Annual administration report of the Civil Veterinary Department of India - 1894-1895
Year: 1894
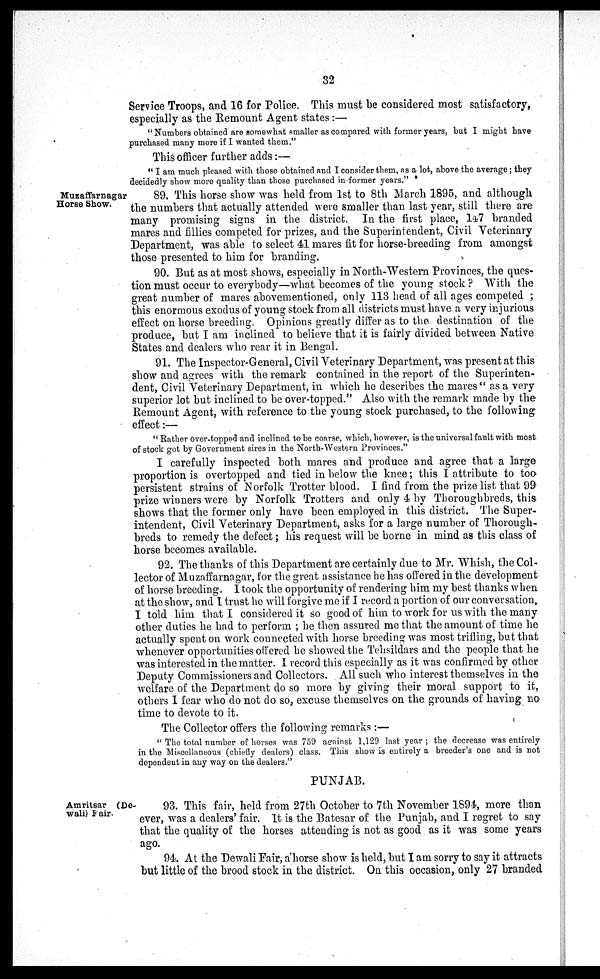
32
Service Troops, and 16 for Police. This must be considered most satisfactory,
especially as the Remount Agent states:—
"Numbers obtained are somewhat smaller as compared with former years, but I might have
purchased many more if I wanted them."
This officer further adds:—
"I am much pleased with those obtained and I consider them, as a lot, above the average; they
decidedly show more quality than those purchased informer years."
Muzaffarnagar
Horse Show.
89. This horse show was held from 1st to 8th March 1895, and although
the numbers that actually attended were smaller than last year, still there are
many promising signs in the district. In the first place, 147 branded
mares and fillies competed for prizes, and the Superintendent, Civil Veterinary
Department, was able to select 41 mares fit for horse-breeding from amongst
those presented to him for branding.
90. But as at most shows, especially in North-Western Provinces, the ques-
tion must occur to everybody—what becomes of the young stock ? With the
great number of mares abovementioned, only 113 head of all ages competed ;
this enormous exodus of young stock from all districts must have a very injurious
effect on horse breeding. Opinions greatly differ as to the destination of the
produce, but I am inclined to believe that it is fairly divided between Native
States and dealers who rear it in Bengal.
91. The Inspector-General, Civil Veterinary Department, was present at this
show and agrees with the remark contained in the report of the Superinten-
dent, Civil Veterinary Department, in which he describes the mares " as a very
superior lot but inclined to be over-topped." Also with the remark made by the
Remount Agent, with reference to the young stock purchased, to the following
effect:—
" Rather Over-topped and inclined to be coarse, which, however, is the universal fault with most
of stock got by Government sires in the North-Western Provinces."
I carefully inspected both mares and produce and agree that a large
proportion is overtopped and tied in below the knee; this I attribute to too
persistent strains of Norfolk Trotter blood. I find from the prize list that 99
prize winners were by Norfolk Trotters and only 4 by Thoroughbreds, this
shows that the former only have been employed in this district. The Super-
intendent, Civil Veterinary Department, asks for a large number of Thorough-
breds to remedy the defect; his request will be borne in mind as this class of
horse becomes available.
92. The thanks of this Department are certainly due to Mr. Whish, the Col-
lector of Muzaffarnagar, for the great assistance he has offered in the development
of horse breeding. I took the opportunity of rendering him my best thanks when
at the show, and I trust he will forgive me if I record a portion of our conversation.
I told him that I considered it so good of him to work for us with the many
other duties he had to perform ; he then assured me that the amount of time he
actually spent on work connected with horse breeding was most trifling, but that
whenever opportunities offered he showed the Tehsildars and the people that he
was interested in the matter. I record this especially as it was confirmed by other
Deputy Commissioners and Collectors. All such who interest themselves in the
welfare of the Department do so more by giving their moral support to it,
others I fear who do not do so, excuse themselves on the grounds of having no
time to devote to it.
The Collector offers the following remarks:—
" The total number of horses was 759 against 1,129 last year; the decrease was entirely
in the Miscellaneous (chiefly dealers) class. This show is entirely a breeder's one and is not
dependent in any way on the dealers."
PUNJAB.
Amritsar (De-
wali) Fair.
93. This fair, held from 27th October to 7th November 1894, more than
ever, was a dealers' fair. It is the Batesar of the Punjab, and I regret to say
that the quality of the horses attending is not as good as it was some years
ago.
94. At the Dewali Fair, a'horse show is held, but I am sorry to say it attracts
but little of the brood stock in the district. On this occasion, only 27 branded